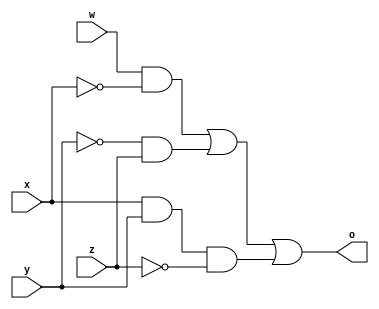
module f0(input w, x, y, z, output o);

    wire a, b, c;
    and a1(a, w, ~x);
    and a2(b, ~y, z);
    and a3(c, x, y, ~z);
    or o1(o, a, b, c);

endmodule